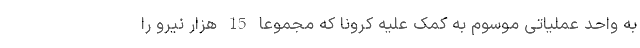
به واحد عملیاتی موسوم به کمک علیه کرونا که مجموعا 15 هزار نیرو را